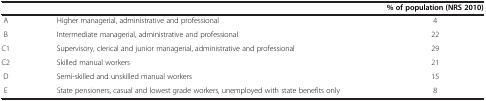
|  |  | % of population (NRS 2010) |
 | --- | --- | --- |
 | A | Higher managerial, administrative and professional | 4 |
 | B | Intermediate managerial, administrative and professional | 22 |
 | C1 | Supervisory, clerical and junior managerial, administrative and professional | 29 |
 | C2 | Skilled manual workers | 21 |
 | D | Semi-skilled and unskilled manual workers | 15 |
 | E | State pensioners, casual and lowest grade workers, unemployed with state benefits only | 8 |